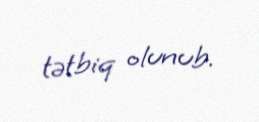
tətbiq olunub.